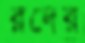
রদের